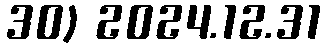
30) 2024.12.31